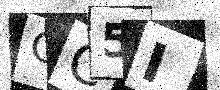
Text: GC5I